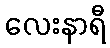
လေးနာရီ